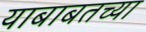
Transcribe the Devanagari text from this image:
याबाबतच्या